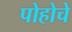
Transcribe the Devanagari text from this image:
पोहोचे